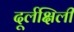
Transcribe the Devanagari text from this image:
दूर्लक्षिली